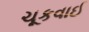
ચૂકવાઈ